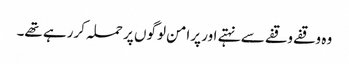
وہ وقفے وقفے سے نہتے اور پرامن لوگوں پر حملہ کررہے تھے۔